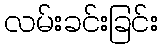
လမ်းခင်းခြင်း